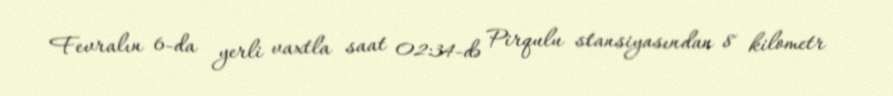
Fevralın 6-da yerli vaxtla saat 02:34-də Pirqulu stansiyasından 8 kilometr